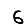
Digit: 6